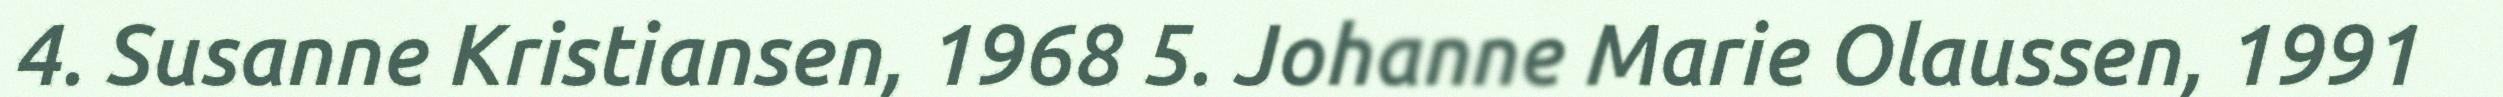
4. Susanne Kristiansen, 1968 5. Johanne Marie Olaussen, 1991